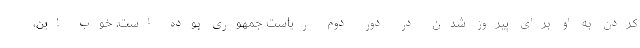
کردن به او برای پیروز شدن در دور دوم ریاست جمهوری بوده است. خوب این،